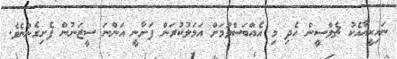
ނައިކީއާއެކު ޗެލްސީން ހެދި މި އެއްބަސްވުމަށް އަމަލުކުރަން ފަށާނީ އަންނަ ސީޒަނުން ފެށިގެންނެވެ.